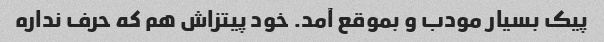
پیک بسیار مودب و بموقع آمد. خود پیتزاش هم که حرف نداره